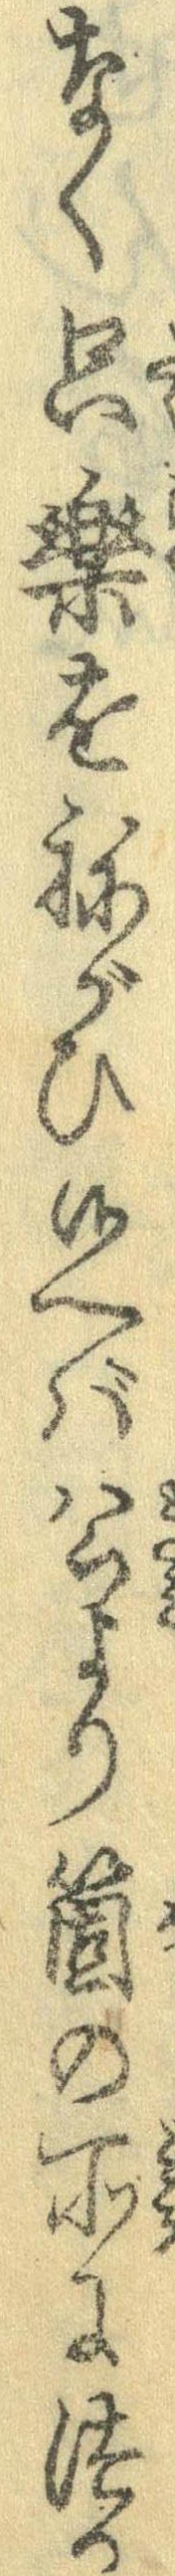
なく只楽をねがひ候へば公より箇の所につか